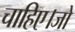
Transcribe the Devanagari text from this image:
चाहिए।जो